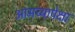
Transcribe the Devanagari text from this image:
आमच्यापेक्षा